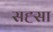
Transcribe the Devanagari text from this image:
सह्सा